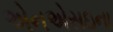
એનએસઇના